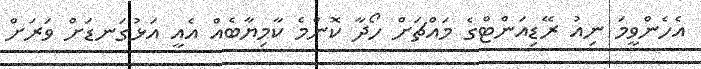
އެހެންވީމަ ނިއު ރޭޑިއަންޓްގެ މައްޗަށް ހޯދާ ކޮންމެ ކާމިޔާބެއް އެއީ އަޅުގަނޑަށް ވަރަށް